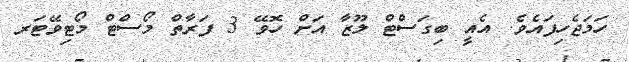
ހަމަޖެހިފައެވެ. އެއީ ބިގަސްޓް ލޫޒާ އަށް ހޮވޭ 3 ފަރާތް މޯސްޓް މޯޓިވޭޓަރ